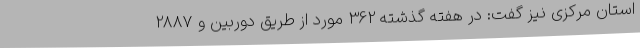
استان مرکزی نیز گفت: در هفته گذشته 362 مورد از طریق دوربین و 2887